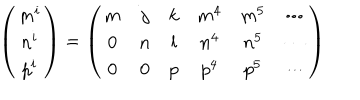
\left( \begin{matrix} { { m ^ { i } } } \\ { { n ^ { i } } } \\ { { p ^ { i } } } \\ \end{matrix} \right) = \left( \begin{matrix} { { m } } & { { j } } & { { k } } & { { m ^ { 4 } } } & { { m ^ { 5 } } } & { { \cdots } } \\ { { 0 } } & { { n } } & { { l } } & { { n ^ { 4 } } } & { { n ^ { 5 } } } & { { \cdots } } \\ { { 0 } } & { { 0 } } & { { p } } & { { p ^ { 4 } } } & { { p ^ { 5 } } } & { { \cdots } } \\ \end{matrix} \right)